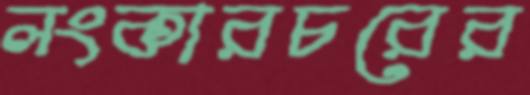
লংকারচরের